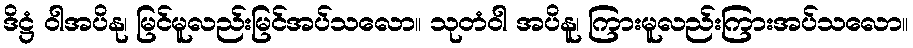
ဒိဋ္ဌံ ဝါအပိနု၊ မြင်မူလည်းမြင်အပ်သလော။ သုတံဝါ အပိနူ၊ ကြားမူလည်းကြားအပ်သလော။